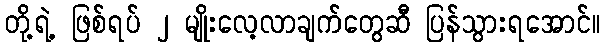
တို့ရဲ့ ဖြစ်ရပ် ၂ မျိုးလေ့လာချက်တွေဆီ ပြန်သွားရအောင်။